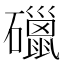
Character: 䃳